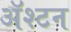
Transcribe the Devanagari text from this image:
ॲश्टन